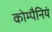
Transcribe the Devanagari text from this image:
कोम्पैनियं